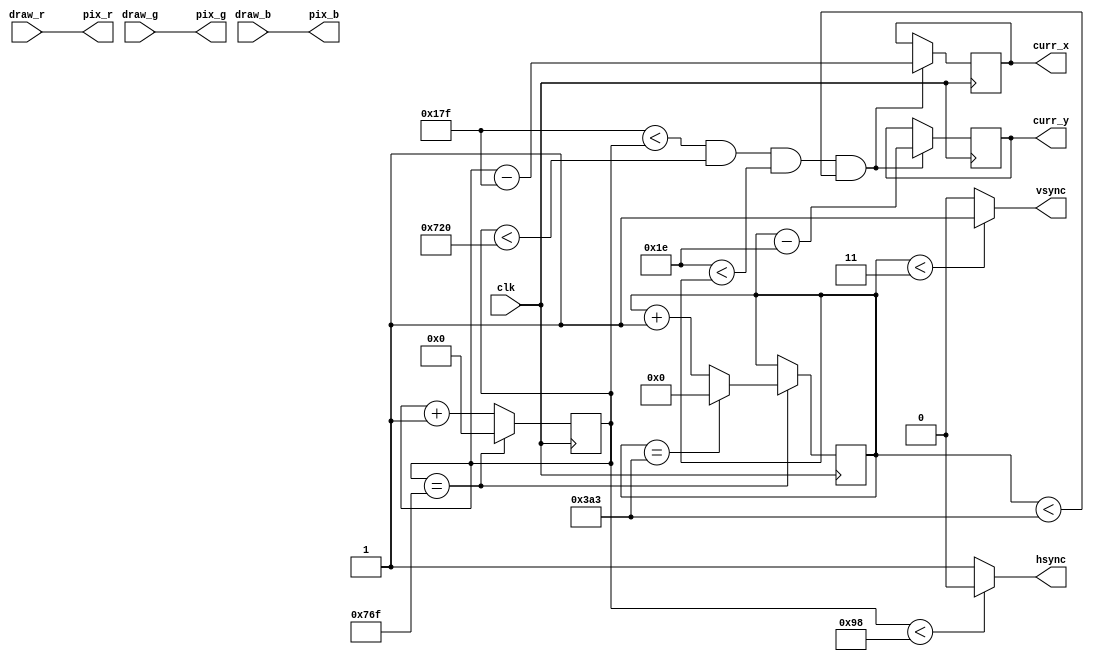
`timescale 1ns / 1ps
//////////////////////////////////////////////////////////////////////////////////
// Company: 
// Engineer: 
// 
// Design Name: 
// Module Name: vga_out
// Project Name: 
// Target Devices: 
// Tool Versions: 
// Description: 
// 
// Dependencies: 
// 
// Revision:
// Revision 0.01 - File Created
// Additional Comments:
// 
//////////////////////////////////////////////////////////////////////////////////
module vga_out(
    input clk,
    input [3:0] draw_r,
    input [3:0] draw_g,
    input [3:0] draw_b,
    output reg [3:0] pix_r,
    output reg [3:0] pix_g,
    output reg [3:0] pix_b,
    output hsync,
    output vsync,
    output reg [10:0]curr_x,
    output reg [9:0]curr_y
    );
  
  reg [10:0] hcount = 0;
  reg [9:0] vcount = 0;
  
  always @(posedge clk)
  begin
  if(hcount==1903)
    begin
    hcount<=0;
    if(vcount==931)
        begin
        vcount<=0;
        end
    else
        begin
        vcount<=vcount+1;
        end
    end
  else
    begin
    hcount<=hcount+1;
    end
  if((383<hcount) & (hcount<1824) & (30<vcount) & (vcount<931))
    begin
    curr_x <= hcount - 383;
    curr_y <= vcount - 30;
    end
  end

    assign hsync=(hcount<152)? 0:1;
    assign vsync=(vcount<3)? 1:0;

    always @ *
        begin 
        pix_r <= draw_r;
        pix_g <= draw_g;
        pix_b <= draw_b;
        end
endmodule